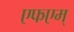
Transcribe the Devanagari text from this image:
एफएम्